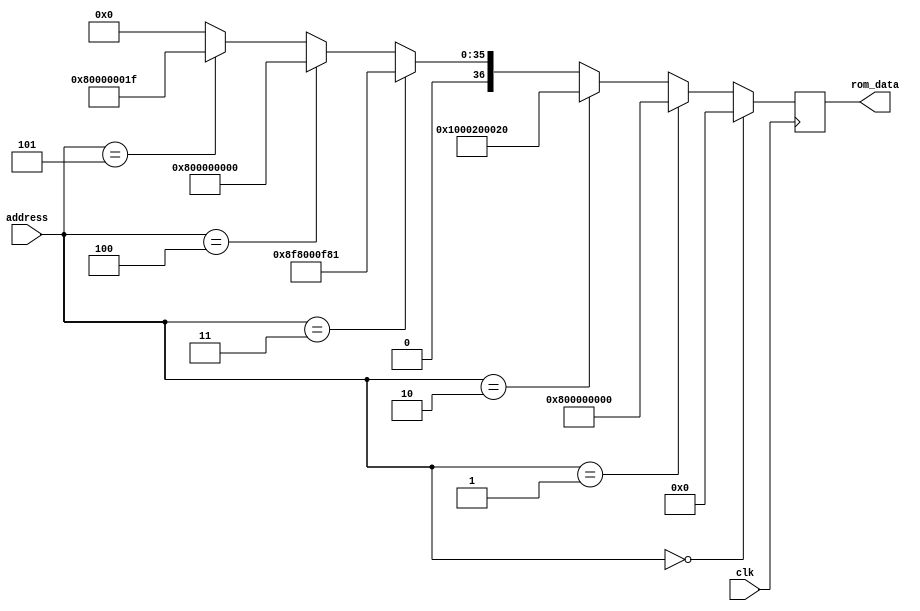
module ins_ROM_old(clk, address, rom_data);
input clk;
input [5:0] address;
output reg [36:0] rom_data;

wire [37:0] rom_data_w;

// rom_data = {we1,we0,op3,op2,op1,INS}
assign rom_data_w = (address==6'd0) ? 37'd0 :
										(address==6'd1) ? {1'b0,1'b1,10'd0,10'd0,10'd0,5'd0} :
										(address==6'd2) ? {1'b1,1'b0,3'd0,16'd32,16'd32} :									
										(address==6'd3) ? {1'b0,1'b1,10'd124,10'd0,10'd124,5'd1} :	// INS1
										(address==6'd4) ? {1'b0,1'b1,10'd0,10'd0,10'd0,5'd0} :
										(address==6'd5) ? {1'b0,1'b1,10'd0,10'd0,10'd0,5'd31} :	
										37'd0;
									
always @(posedge clk)
	rom_data <= rom_data_w;
	
endmodule